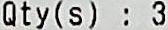
QTY(S) : 3